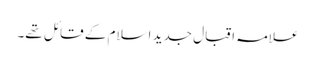
علامہ اقبال جدید اسلام کے قائل تھے۔